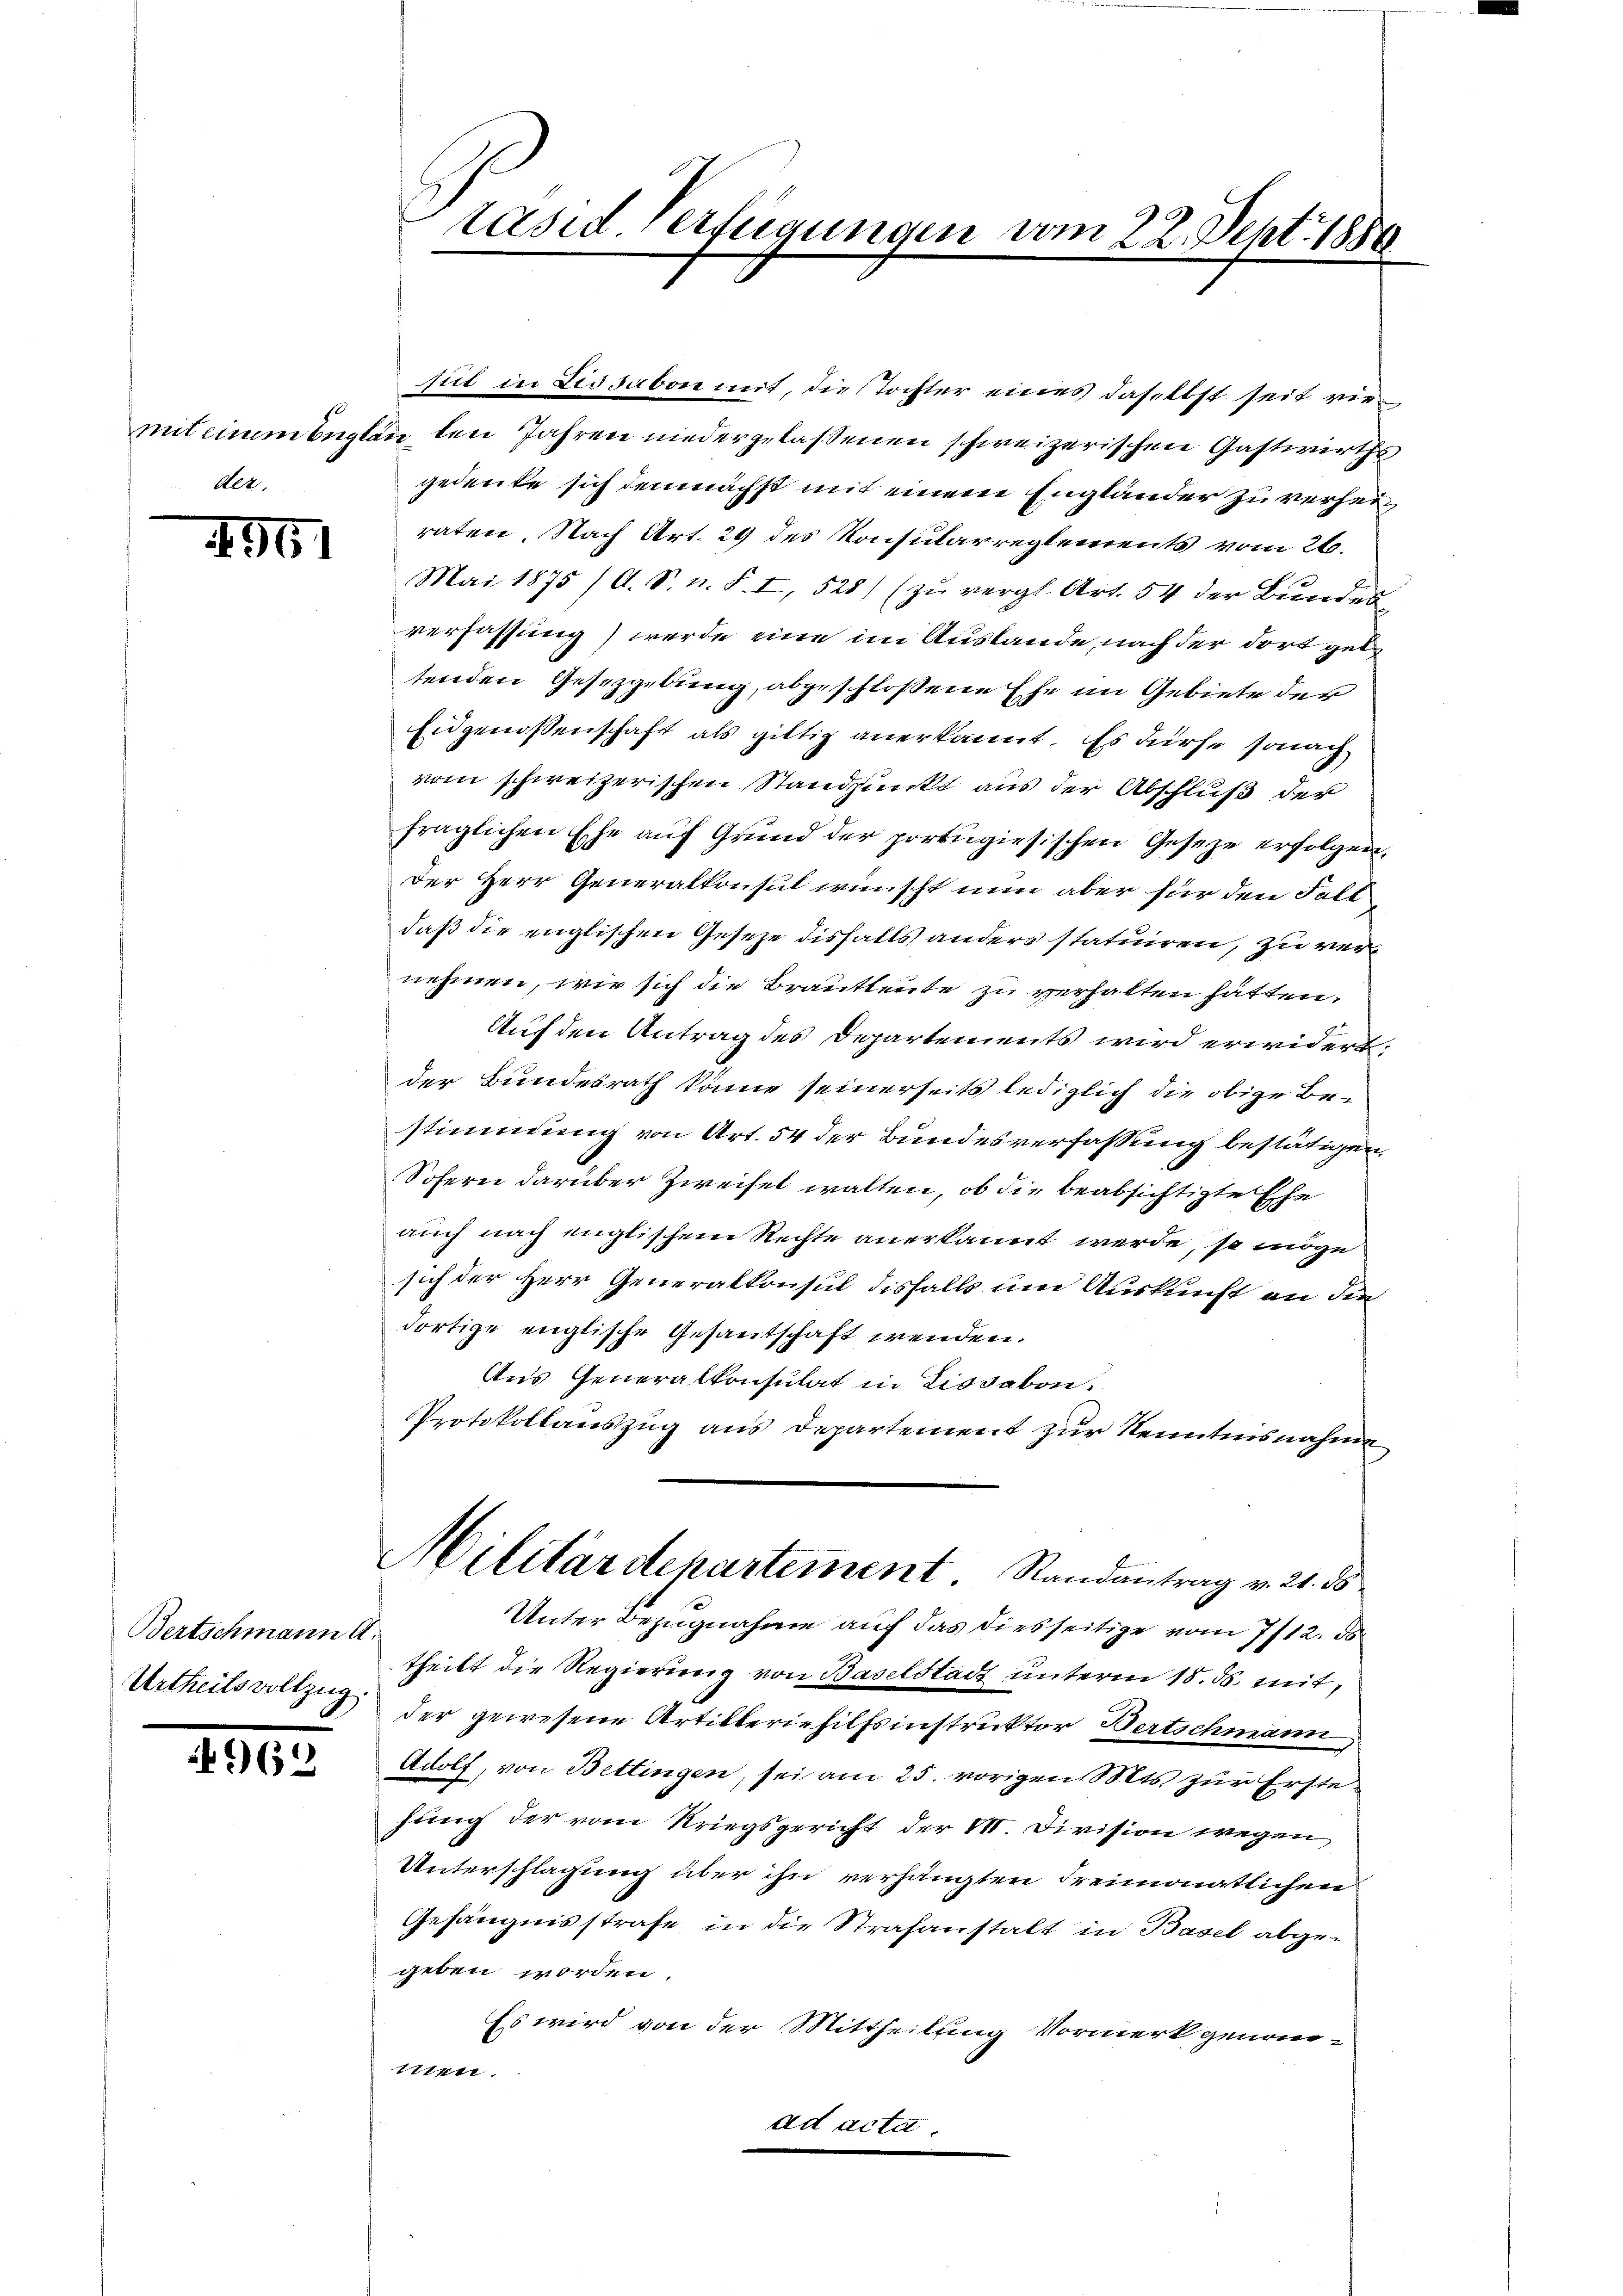
Aer.

496.

Bertschmann A.
Urtheils vollzug.

4962

räsid. Verfügungen vom 22. Sept. 1850

sul in Lissabon mit, die Tochter eines daselbst seit viemiteinem beglen den Jahren niedergelassenen schweizerischen Gastwirths
gedeute sich demnächst mit einem Engländer zu verheiraten. Nach Art. 29 des Konsularreglements vom 26.
Mai 1875 /A. S. n. F. I, 528) (zu vergl. Art. 54 der Bundes
verfassung) werde eine im Austande, nach der dort geb
tenden Gesetzgebung, abgeschlossene Ehe im Gebiete der
Eidgenossenschaft als giltig anerkannt. Es dürfe sonach
vom schweizerischen Standpunkt aus der Abschluß der
fraglichen Ehe auf Grund der portugisischen Geseze erfolgen,
Der Herr Generalkonsul wünscht nun aber für den Fall
daß die englischen Geseze disfalls anders statuiren, zu vernehmen, wie sich die Brautleute zu verhalten hätten.
Auf den Antrag des Departements wird erwidert;
der Bundesrath könne seinerseits lediglich die obige Bestimmung von Art. 54 der Bundesverfassung bestätigen.
Sofern darüber Zweifel walten, ob die beabsichtigte Ehe
auch nach englischem Rechte anerkannt werde, so möge
sich der Herr Generalkonsul disfalls um Auskunft an die
dortige englische Gesantschaft wenden.
Aus Generalkonsulat in Lissabon:
Protokollauszug aus Departement zur Kenntnisnahme
Militärdepartement Randantrag v. 21. ds.
Unter Bezugnahme auf das diesseitige vom 7712. d.
theilt die Regierung von Baselstadt unterm 18. ds. mitder gewesene Artilleriehilfsinstruktor Bertschmann,
Adolf, von Bettingen, sei am 25. vorigen Orts zur Erstehung der vom Kriegsgericht der III. Division wegen
Unterschlagung über ihn verhängten Freimonatlichen
Gefängnisstrafe in die Strafanstalt in Basel abgegeben worden.
Es wird von der Mittheilung Vormerk genom-
men.
ad acta